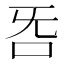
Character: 𣄮